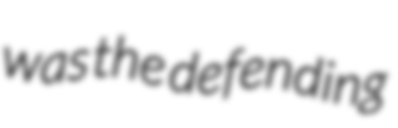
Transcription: was the defending